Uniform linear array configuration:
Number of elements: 16
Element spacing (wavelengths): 0.75
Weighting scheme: blackman
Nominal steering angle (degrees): -45
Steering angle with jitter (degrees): -46.416
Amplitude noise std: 0.05
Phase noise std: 0.05

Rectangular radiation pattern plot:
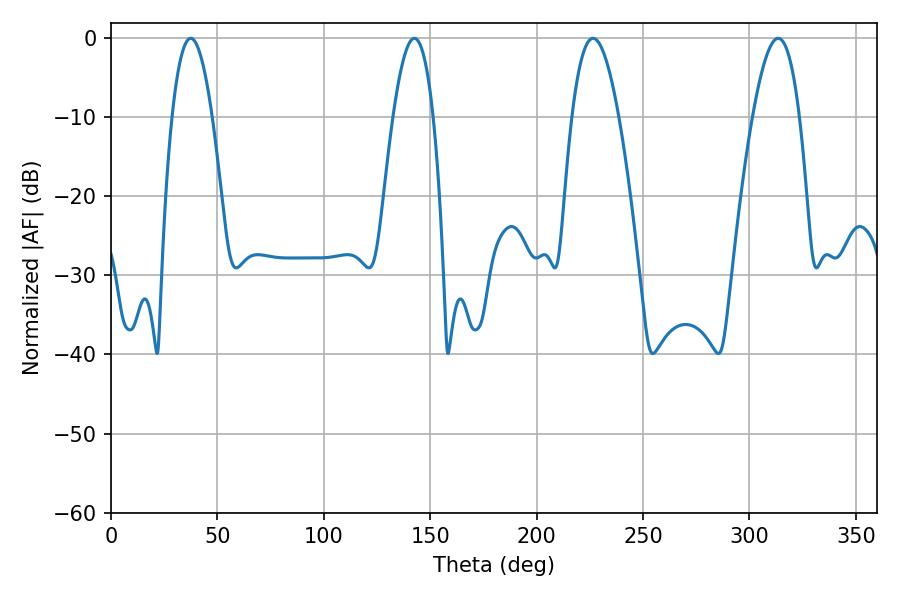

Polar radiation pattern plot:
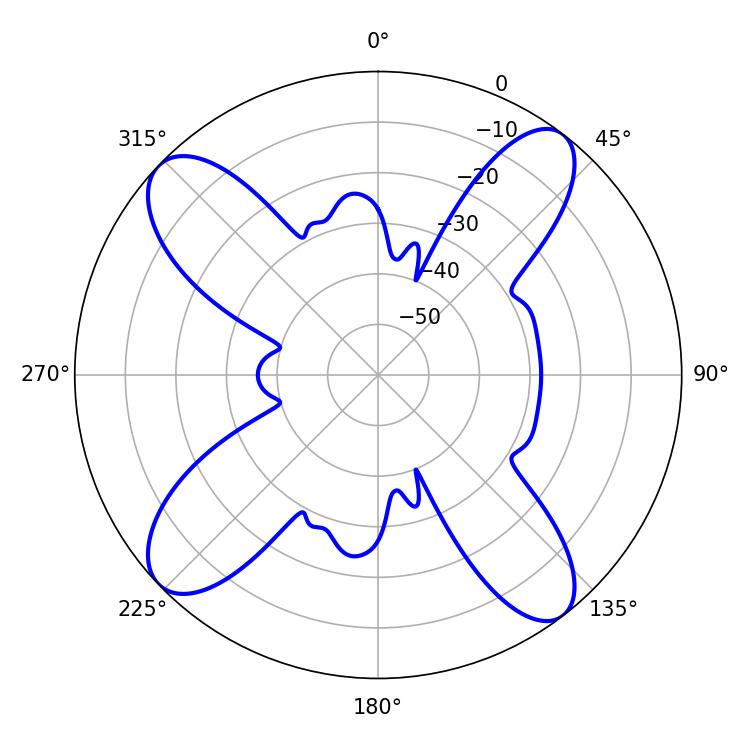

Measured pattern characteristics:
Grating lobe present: TRUE
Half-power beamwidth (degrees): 10.44
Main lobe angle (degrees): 37.44